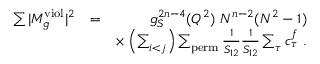
\begin{array} { r l r } { \sum \vert M _ { g } ^ { \mathrm { v i o l } } \vert ^ { 2 } } & { = } & { g _ { S } ^ { 2 n - 4 } ( Q ^ { 2 } ) ~ N ^ { n - 2 } ( N ^ { 2 } - 1 ) } \\ & { } & { \times \left( \sum _ { i < j } \right) \sum _ { \mathrm { p e r m } } \frac { 1 } { S _ { 1 2 } } \frac { 1 } { S _ { 1 2 } } \sum _ { \tau } c _ { \tau } ^ { f } ~ . } \end{array}